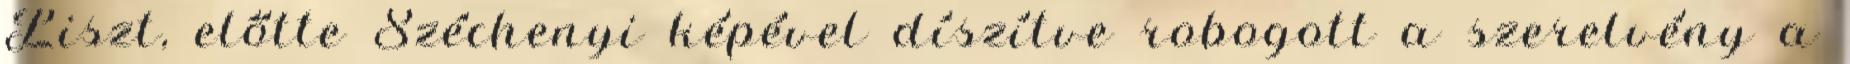
Liszt, előtte Széchenyi képével díszítve robogott a szerelvény a